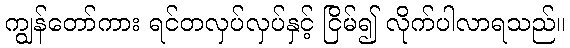
ကျွန်တော်ကား ရင်တလှပ်လှပ်နှင့် ငြိမ်၍ လိုက်ပါလာရသည်။